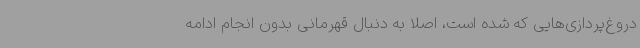
دروغ‌پردازی‌هایی که شده است، اصلا به دنبال قهرمانی بدون انجام ادامه